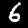
Digit: 6